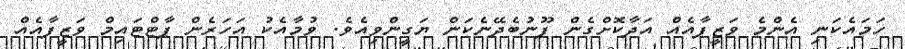
ހަމައެކަނި އެންމެ ވަޒީފާއެއް އަދާކޮށްގެން ފޫނުބެދޭނެކަން ޔަގީންވިއެވެ. ވުމާއެކު އަހަރެން ޕާޓްޓައިމް ވަޒީފާއެއް